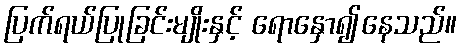
ပြက်ရယ်ပြုခြင်းမျိုးနှင့် ရောနှော၍နေသည်။